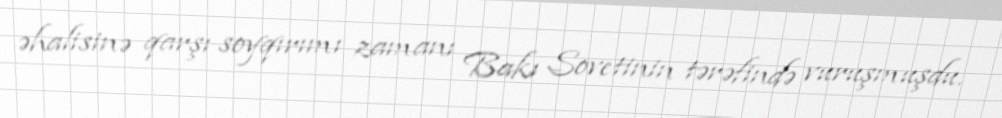
əhalisinə qarşı soyqırımı zamanı Bakı Sovetinin tərəfində vuruşmuşdu.